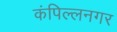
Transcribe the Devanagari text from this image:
कंपिल्लनगर